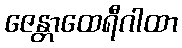
ဇေန္တာထေရီဂါထာ